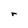
Character: r